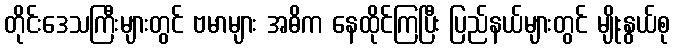
တိုင်းဒေသကြီးများတွင် ဗမာများ အဓိက နေထိုင်ကြပြီး ပြည်နယ်များတွင် မျိုးနွယ်စု